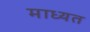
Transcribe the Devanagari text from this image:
माध्यत